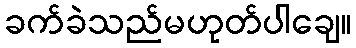
ခက်ခဲသည်မဟုတ်ပါချေ။